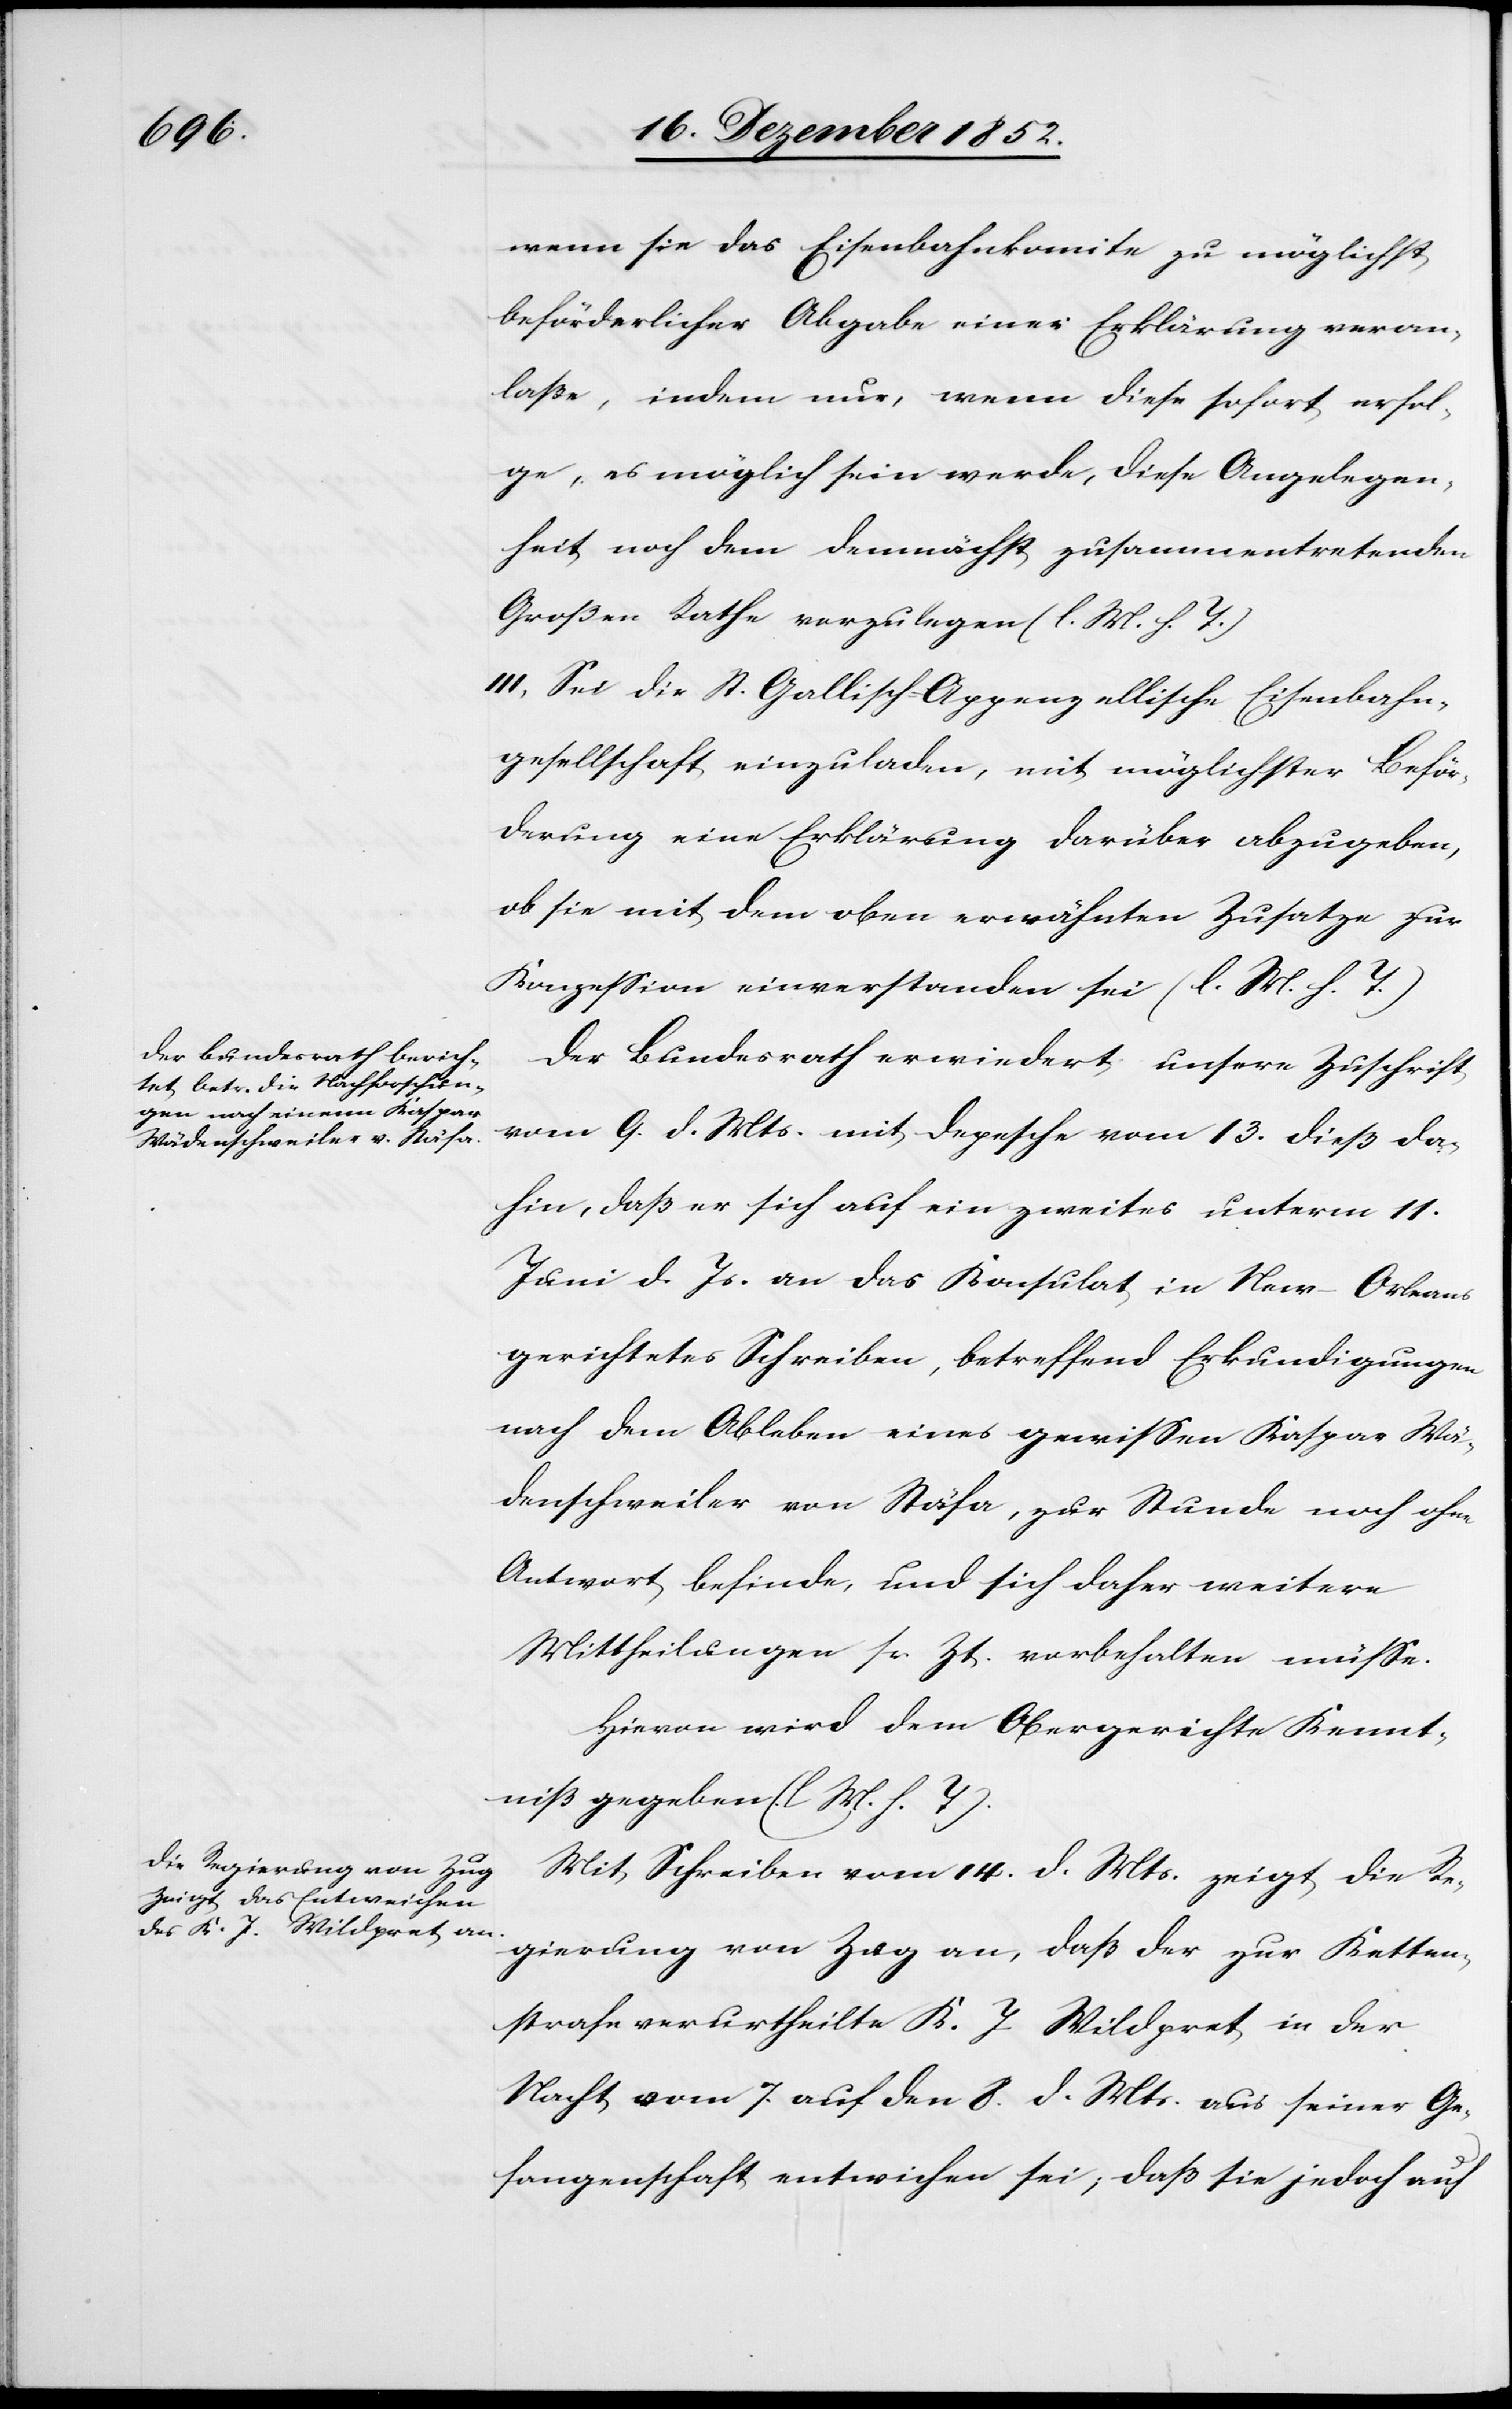
wenn sie das Eisenbahnkomite zu möglichst
beförderlicher Abgabe einer Erklärung veran¬
laße, indem nur, wenn diese sofort erfol¬
ge, es möglich sein werde, diese Angelegen¬
heit noch dem demnächst zusammentretenden
Großen Rathe vorzulegen (l. M. h. T.)
III, Sei die St. Gallisch-Appenzellische Eisenbahn¬
gesellschaft einzuladen, mit möglichster Beför¬
derung eine Erklärung darüber abzugeben,
ob sie mit dem oben erwähnten Zusatze zur
Konzession einverstanden sei (l. M. h. T.)
Der Bundesrath erwiedert unsere Zuschrift
vom 9. d. Mts. mit Depesche vom 13. dieß da¬
hin, daß er sich auf ein zweites unterm 11.
Juni d. Js. an das Konsulat in New-Orleans
gerichtetes Schreiben, betreffend Erkundigungen
nach dem Ableben eines gewissen Kaspar Wä¬
denschweiler von Stäfa, zur Stunde noch ohne
Antwort befinde, und sich daher weitere
Mittheilungen sr. Zt. vorbehalten müsse.
Hievon wird dem Obergerichte Kennt¬
niß gegeben (l M. h. T).
Mit Schreiben vom 14. d. Mts. zeigt die Re¬
gierung von Zug an, daß der zur Ketten¬
strafe verurtheilte K. J. Wildpret in der
Nacht vom 7. auf den 8. d. Mts. aus seiner Ge¬
fangenschaft entwichen sei; daß sie jedoch auf